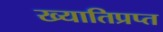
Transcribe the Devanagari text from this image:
ख्यातिप्रप्त